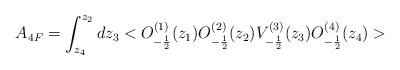
\begin{align*}A_{4F}=\int _{z_4}^{z_2}dz_3<O^{(1)}_{-\frac{1}{2}}(z_1)O^{(2)}_{-\frac{1}{2}}(z_2)V^{(3)}_{-\frac{1}{2}}(z_3)O^{(4)}_{-\frac{1}{2}}(z_4)>\end{align*}